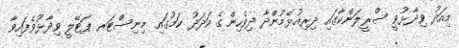
މިއަދު ވިދާޅުވީ ސްރީލަންކާގައި ދިރިއުޅެމުންދާ ދިވެހިންގެ އަދަދު ކަމުގައި މިނިސްޓަރ ޕަޓޭލީ ވިދާޅުވެފައިވާ